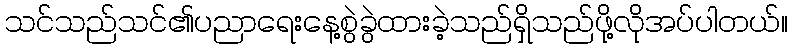
သင်သည်သင်၏ပညာရေးနေ့စွဲခွဲထားခဲ့သည်ရှိသည်ဖို့လိုအပ်ပါတယ်။